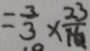
= \frac { 3 } { 3 } \times \frac { 2 3 } { 1 6 }